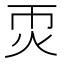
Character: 𤆱